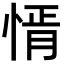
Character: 𢝒